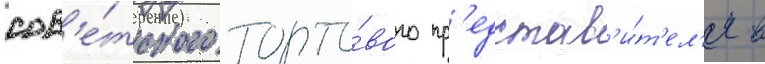
сов'е́тского торго́вого пр'едстав'и́т'ел'я в